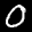
Label: 0